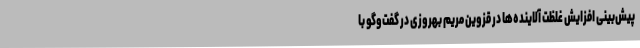
پیش‌بینی افزایش غلظت آلاینده‌ها در قزوین مریم بهروزی در گفت‌وگو با